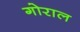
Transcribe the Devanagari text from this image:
गोराल